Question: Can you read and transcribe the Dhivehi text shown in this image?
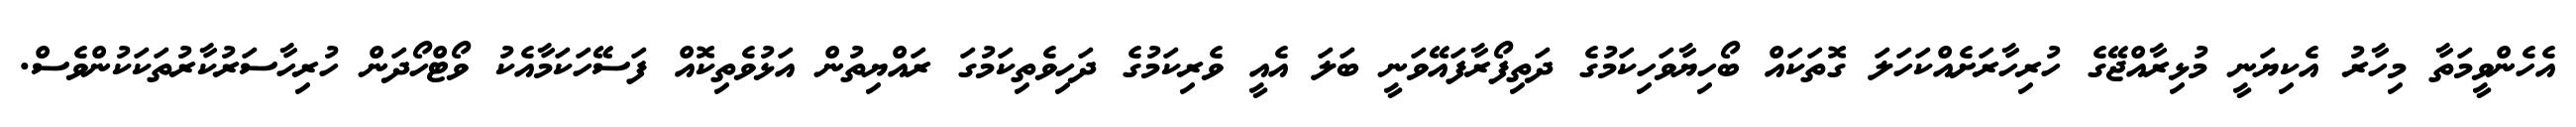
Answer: އެހެންވީމަތާ މިހާރު އެކިޔަނީ މުޅިރާއްޖޭގެ ހުރިހާރަށެއްކަހަލަ ގޮތަކައް ބޯހިޔާވަހިކަމުގެ ދަތިފޯރާފައޭވަނީ ބަލަ އެއީ ވެރިކަމުގެ ދަހިވެތިކަމުގަ ރައްޔިތުން އަޅުވެތިކޮއް ފަސޭހަކަމާއެކު ވޯޓްހޯދަން ހުރިހާސަރުކާރުތަކަކުންވެސް.